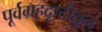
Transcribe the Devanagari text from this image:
पूर्वग्रहदृष्टीतून